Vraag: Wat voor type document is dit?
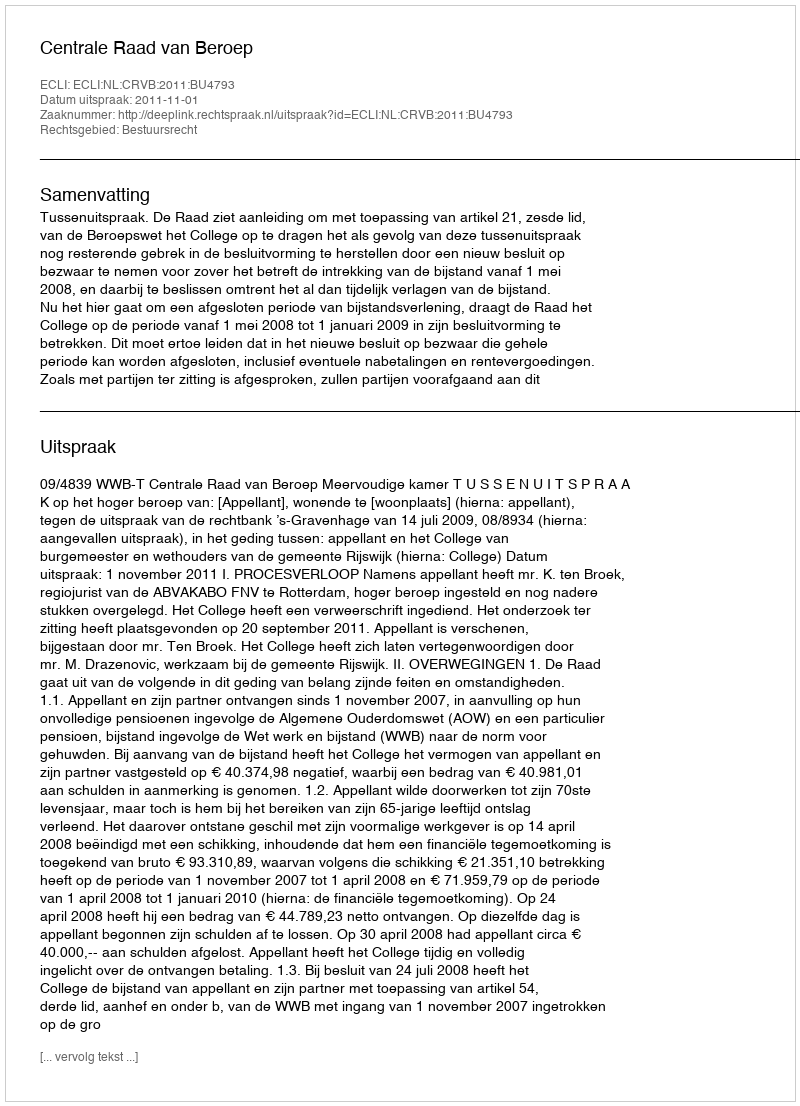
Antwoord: Uitspraak